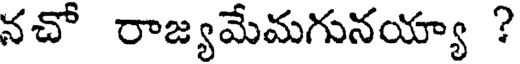
నచో రాజ్యమేమగునయ్యా ?